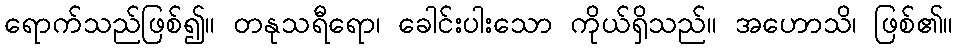
ရောက်သည်ဖြစ်၍။ တနုသရီရော၊ ခေါင်းပါးသော ကိုယ်ရှိသည်။ အဟောသိ၊ ဖြစ်၏။